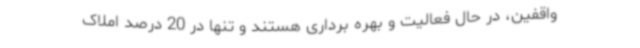
واقفین، در حال فعالیت و بهره برداری هستند و تنها در 20 درصد املاک